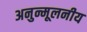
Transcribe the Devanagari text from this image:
अनुन्मूलनीय